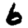
Digit: 6